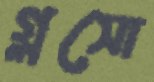
গ্লসো